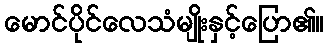
မောင်ပိုင်လေသံမျိုးနှင့်ပြော၏။